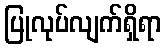
ပြုလုပ်လျက်ရှိရာ